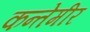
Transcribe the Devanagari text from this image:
कन्तेमीर